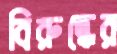
বিরুদ্ধের